Indian journal of veterinary science and animal husbandry - Volume 8,
Year: 1938
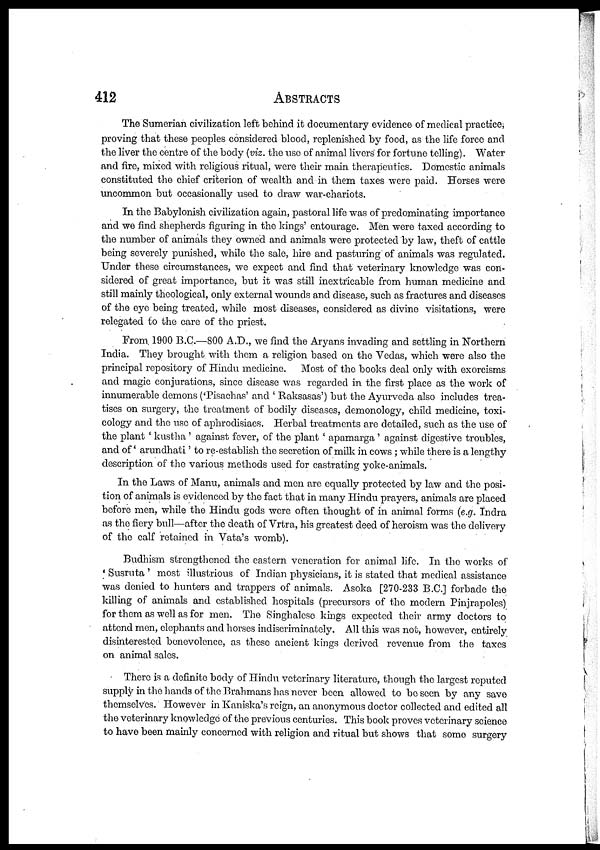
412
ABSTRACTS
The Sumerian civilization left behind it documentary evidence of medical practice,
proving that these peoples considered blood, replenished by food, as the life force and
the liver the centre of the body (viz. the use of animal livers' for fortune telling). Water
and fire, mixed with religious ritual, were their main therapeutics. Domestic animals
constituted the chief criterion of wealth and in them taxes were paid. Horses were
uncommon but occasionally used to draw war-chariots.
In the Babylonish civilization again, pastoral life was of predominating importance
and we find shepherds figuring in the kings' entourage. Men were taxed according to
the number of animals they owned and animals were protected by law, theft of cattle
being severely punished, while the sale, hire and pasturing of animals was regulated.
Under these circumstances, we expect and find that veterinary knowledge was con-
sidered of great importance, but it was still inextricable from human medicine and
still mainly theological, only external wounds and disease, such as fractures and diseases
of the eye being treated, while most diseases, considered as divine visitations, were
relegated to the care of the priest.
From, 1900 B.C.—800 A.D., we find the Aryans invading and settling in Northern
India. They brought with them a religion based on the Vedas, which were also the
principal repository of Hindu medicine. Most of the books deal only with exorcisms
and magic conjurations, since disease was regarded in the first place as the work of
innumerable demons ('Pisachas' and ' Raksasas') but the Ayurveda also includes trea-
tises on surgery, the treatment of bodily diseases, demonology, child medicine, toxi-
cology and the use of aphrodisiacs. Herbal treatments are detailed, such as the use of
the plant ' kustha ' against fever, of the plant ' apamarga' against digestive troubles,
and of ' arundhati' to re-establish the secretion of milk in cows; while there is a lengthy
description of the various methods used for castrating yoke-animals.
In the Laws of Manu, animals and men are equally protected by law and the posi-
tion of animals is evidenced by the fact that in many Hindu prayers, animals are placed
before men, while the Hindu gods were often thought of in animal forms (e.g. Indra
as the fiery bull—after the death of Vrtra, his greatest deed of heroism was the delivery
of the calf retained in Vata's womb).
Budhism strengthened the eastern veneration for animal life. In the works of
' Susruta ' most illustrious of Indian physicians, it is stated that medical assistance
was denied to hunters and trappers of animals. Asoka [270-233 B.C.] forbade the
killing of animals and established hospitals (precursors of the modern Pinjrapoles)
for them as well as for men. The Singhalese kings expected their army doctors to
attend men, elephants and horses indiscriminately. All this was not, however, entirely
disinterested benevolence, as these ancient kings derived revenue from the taxes
on animal sales.
There is a definite body of Hindu veterinary literature, though the largest reputed
supply in the hands of the Brahmans has never been allowed to be seen by any save
themselves. However in Kaniska's reign, an anonymous doctor collected and edited all
the veterinary knowledge of the previous centuries. This book proves veterinary science
to have been mainly concerned with religion and ritual but shows that some surgery